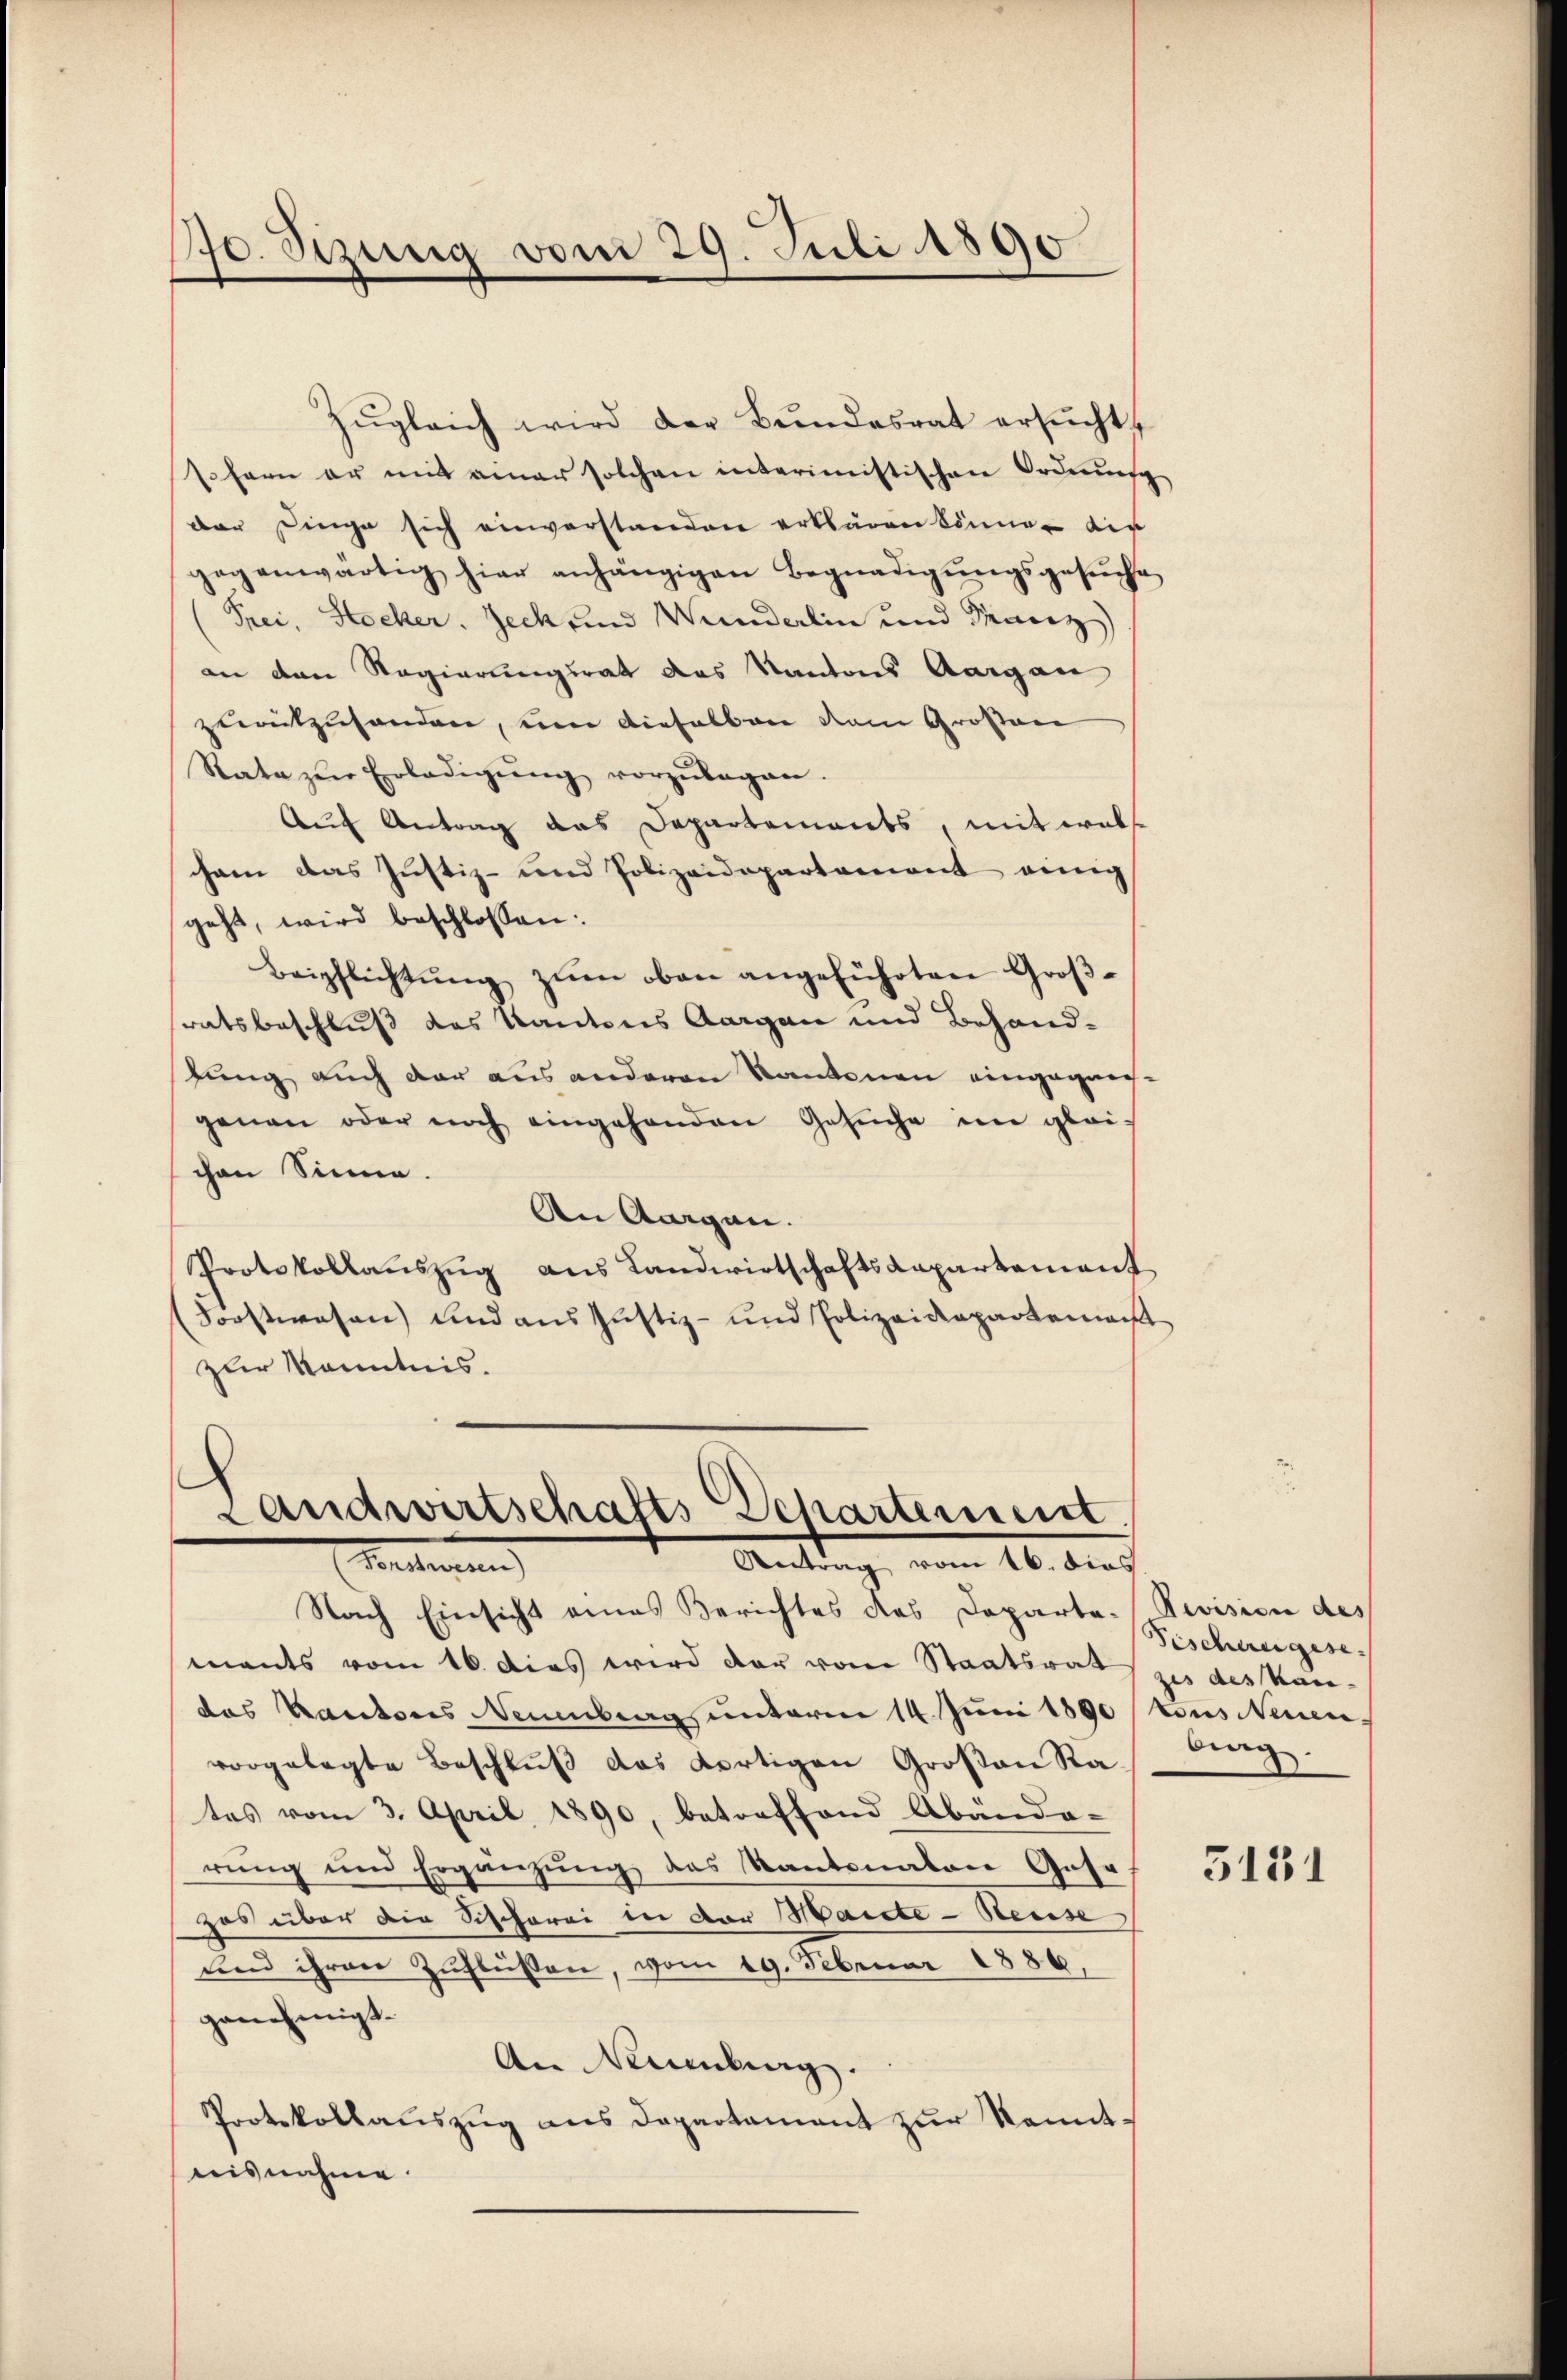
70. Sizung vom 29. Juli 1890

an den Regierungsrat das Kantons Aargau
zumtzuhanden, um dieselben dem Großen
Rate zŭr Erledigŭng vorzŭlegen.
Auf Antrag das Departements, mit wels
cham das Justiz- und Polizeidepartament einig
geht, wird beschlossen:
Beipflichtŭng zŭm oben angeführten Groβ-
ratsbeschluß des Kantons Aargau und Behandfung auch der aus anderen Kantonen eingeganggenen oder noch eingehenden Gesuche im glei-
chen Sinne.
An Aargau.
Protokollaŭszŭg aŭs Landwirtschaftskapartement
Forstwesen und aus Justiz- und Polizeidepartement
zur Kenntnis.

Landwirtschafts Departement
Antrag vom 16. dies
Vertreten

Zŭgleich wird der Bŭndesrat ersŭcht,
sofern er mit einer solchen interimistischen Ordnung
der Dinge sich einverstanden erklären können dir
gegenwärtig hier anhängigen Begnadigŭngsgesŭche
(Frei, Hocker. Jeck und Wunderlin und Paniz

Nach Einsicht eines Berichtes das Departe-
mants vom 16. dies wird der vom Staatsrat zu des Kandas Kantons Neuenburg unterm 14. Juni 1890 tous Neuenvorgelegte Beschlŭβ das Fertigen Großen Rates vom 3. April 1890, betreffend Abända-
rŭng und Ergänzung des Kantonalen Gese
zes über die Sischerei in der Maicte - Heuse
und ihren Zuflüssen, vom 19. Februar 1886.
genehmigt.
An Naumburg.
Protokollauszug aus Departament zur kanntnisnahme.

Revision des
Geschengese
berg.

3131